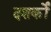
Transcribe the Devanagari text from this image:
दशर्कों